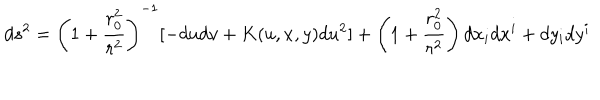
LaTeX: d s ^ { 2 } = \left( 1 + { \frac { r _ { 0 } ^ { 2 } } { r ^ { 2 } } } \right) ^ { - 1 } [ - d u d v + K ( u , x , y ) d u ^ { 2 } ] + \left( 1 + { \frac { r _ { 0 } ^ { 2 } } { r ^ { 2 } } } \right) d x _ { i } d x ^ { i } + d y _ { i } d y ^ { i }